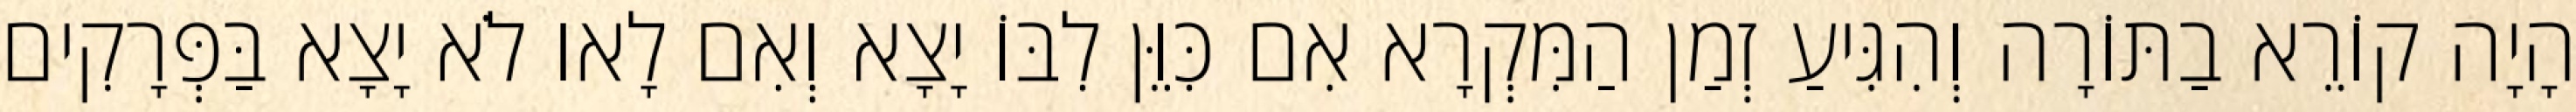
הָיָה קוֹרֵא בַתּוֹרָה וְהִגִּיעַ זְמַן הַמִּקְרָא אִם כִּוֵּן לִבּוֹ יָצָא וְאִם לָאו לֹא יָצָא בַּפְּרָקִים